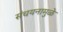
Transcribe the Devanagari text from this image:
संचयनामुळे